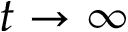
t \to \infty